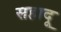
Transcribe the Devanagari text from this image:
सहादू